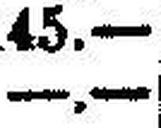
—.—